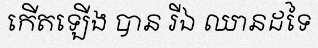
កើតឡើង បាន រីឯ ឈានដទៃ